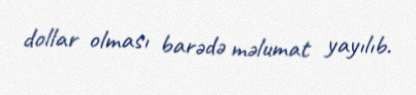
dollar olması barədə məlumat yayılıb.